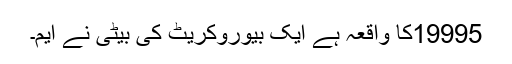
19995کا واقعہ ہے ایک بیوروکریٹ کی بیٹی نے ایم۔